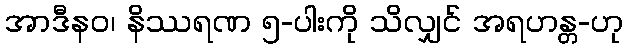
အာဒီနဝ၊ နိဿရဏ ၅-ပါးကို သိလျှင် အရဟန္တ-ဟု